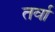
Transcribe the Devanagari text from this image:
तर्वा